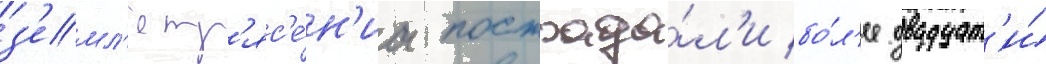
з'емл'етр'яс'е́н'иа пострада́л'и бо́л'ее двадцат'и́